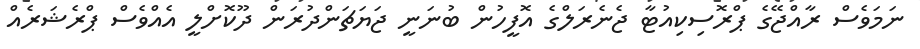
ނަމަވެސް ރާއްޖޭގެ ޕްރޮސިކިއުޓާ ޖެނެރަލްގެ އޮފީހުން ބުނަނީ ޖަޔަޗަންދުރަން ދޫކޮށްލީ އެއްވެސް ޕްރެޝަރެއް